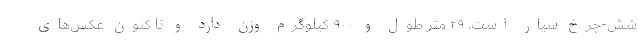
شش-چرخ سیار است، ۲۹ متر طول و ۹۰۰ کیلوگرم وزن دارد و تا کنون عکس‌های